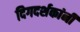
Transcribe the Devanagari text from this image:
दिगदर्शकांनी